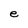
Character: e